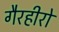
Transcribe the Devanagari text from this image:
गैरहीरो